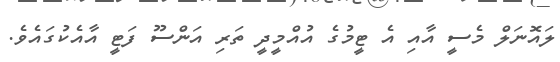
ލައޮނަލް މެސީ އާއި އެ ޓީމުގެ އުއްމީދީ ތަރި އަންސޫ ފަޓީ އާއެކުގައެވެ.